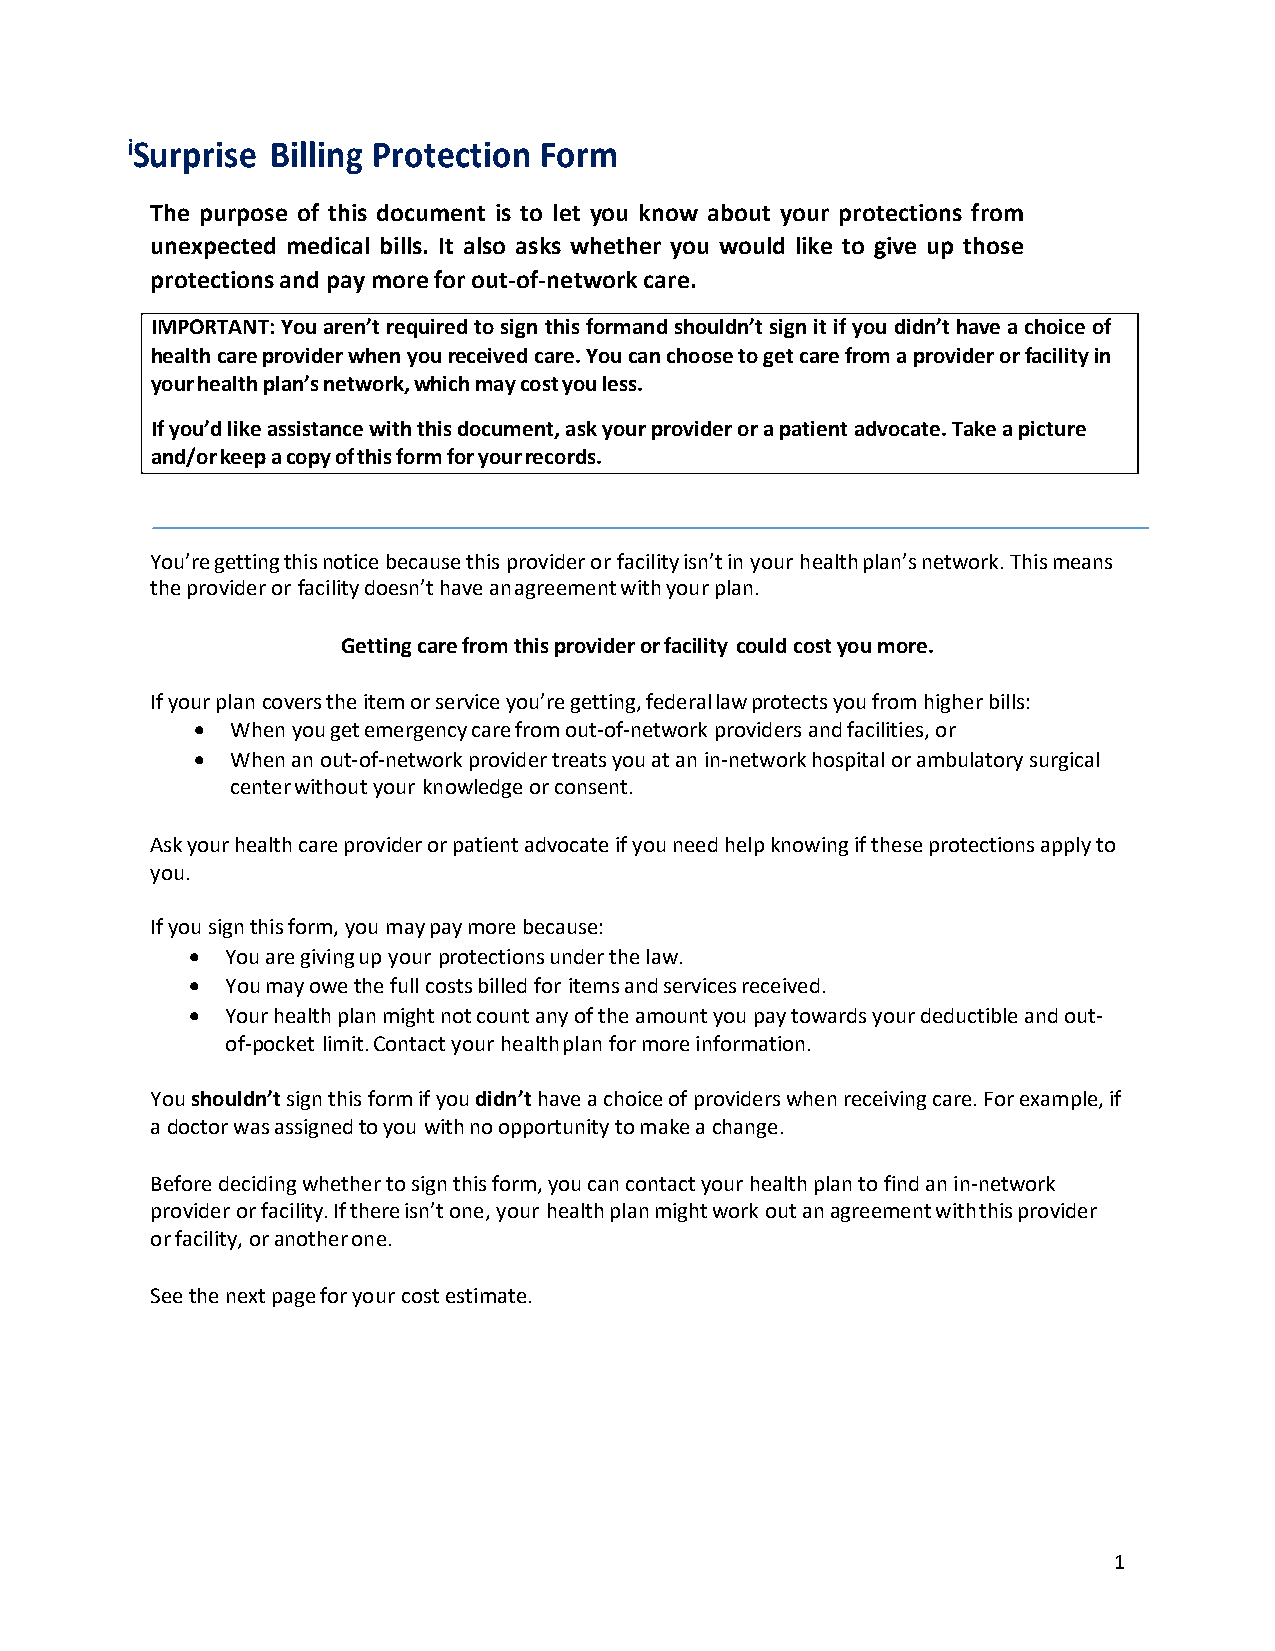
iSurprise Billing Protection Form
 The purpose of this document is to let you know about your protections from
 unexpected medical bills. It also asks whether you would like to give up those
 protections and pay more for out-of-network care.
 IMPORTANT: You aren’t required to sign this formand shouldn’t sign it if you didn’t have a choice of
 health care provider when you received care. You can choose to get care from a provider or facility in
 your health plan’s network, which may cost you less.
 If you’d like assistance with this document, ask your provider or a patient advocate. Take a picture
 and/or keep a copy of this form for your records.
 You’re getting this notice because this provider or facility isn’t in your health plan’s network. This means
 the provider or facility doesn’t have an agreement with your plan.
 Getting care from this provider or facility could cost you more.
 If your plan covers the item or service you’re getting, federal law protects you from higher bills:
 • When you get emergency care from out-of-network providers and facilities, or
 • When an out-of-network provider treats you at an in-network hospital or ambulatory surgical
 center without your knowledge or consent.
 Ask your health care provider or patient advocate if you need help knowing if these protections apply to
 you.
 If you sign this form, you may pay more because:
 •  You are giving up your protections under the law.
 •  You may owe the full costs billed for items and services received.
 •  Your health plan might not count any of the amount you pay towards your deductible and out-
 of-pocket limit. Contact your health plan for more information.
 You shouldn’t sign this form if you didn’t have a choice of providers when receiving care. For example, if
 a doctor was assigned to you with no opportunity to make a change.
 Before deciding whether to sign this form, you can contact your health plan to find an in-network
 provider or facility. If there isn’t one, your health plan might work out an agreement with this provider
 or facility, or another one.
 See the next page for your cost estimate.
 1